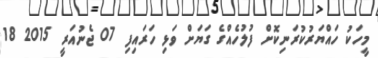
މީހަކު ހައްޔަރުކުރަނިކޮށް ފުލުހެއްގެ ގަޔަށް ވަޅި ހަރައިފި 07 ޖެނުއަރީ 2015 18